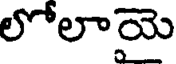
లోలాయె